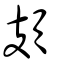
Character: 頍